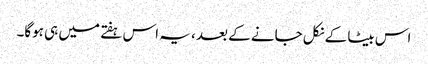
اس بیٹا کے نکل جانے کے بعد ، یہ اس ہفتے میں ہی ہوگا۔